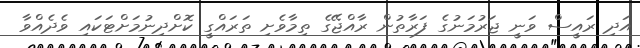
އަދި ރައީސް ވަނީ ޖަރުމަނުގެ ފަރާތުން ރާއްޖޭގެ ތިމާވެށި ތަރައްގީ ކޮށްދިނުމަށްޓަކައި ވެދެއްވާ